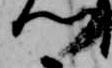
門